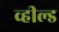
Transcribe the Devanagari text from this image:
व्हील्ड